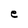
Character: e